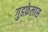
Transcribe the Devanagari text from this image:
गुडफ़ेलास